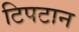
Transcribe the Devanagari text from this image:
टिपटान